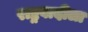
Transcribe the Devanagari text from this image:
राष्ट्रवादीला